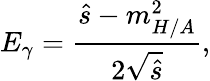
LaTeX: E_{\gamma}=\frac{\hat{s}-m_{H/A}^{2}}{2\sqrt{\hat{s}}},